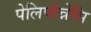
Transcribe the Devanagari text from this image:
पेलिपोन्नेसि